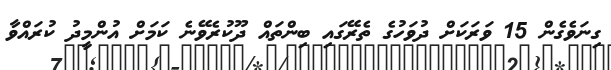
ގިނަވެގެން 15 ވަރަކަށް ދުވަހުގެ ތެރޭގައި ބިންތައް ދޫކުރެވޭނެ ކަމަށް އުންމީދު ކުރައްވާ